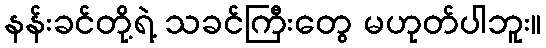
နန်းခင်တို့ရဲ့ သခင်ကြီးတွေ မဟုတ်ပါဘူး။